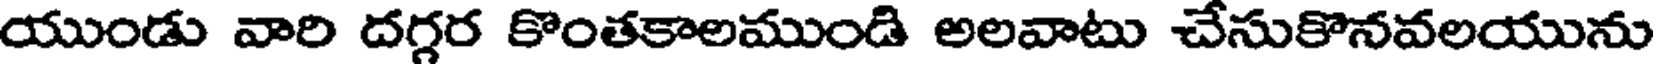
యుండు వారి దగ్గర కొంతకాలముండి అలవాటు చేసుకొనవలయును